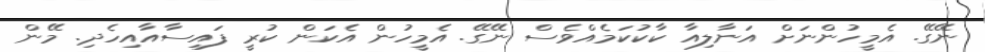
ނޭގޭ. އެމީހުންނަށް އަނާލިއާ ކާކުކަމެއްވެސް ނޭގޭ. އެމީހުން އެކަން ކުރީ ފައިސާއާއިހެދި. މޭން